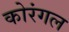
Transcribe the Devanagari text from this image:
कोरंगल